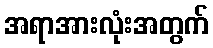
အရာအားလုံးအတွက်